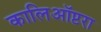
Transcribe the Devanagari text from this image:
कालिऑप्टरा